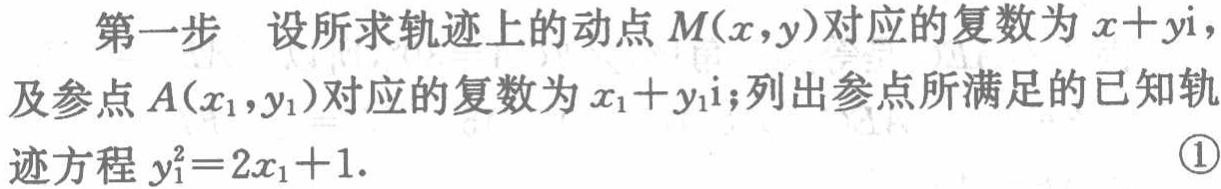
第一步 设所求轨迹上的动点 \(M(x,y)\)对应的复数为 \(x + yi\)，及参点 \(A(x_1,y_1)\)对应的复数为 \(x_1 + y_1i\)；列出参点所满足的已知轨迹方程 \(y_1^{2}=2x_1 + 1\). \textcircled{1}